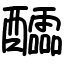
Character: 醽